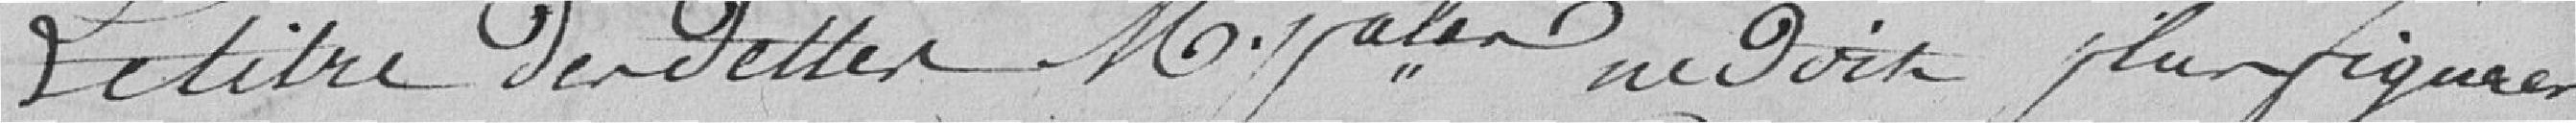
Le titre des dettes Municipales ne doit plus figurer